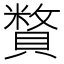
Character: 𧷍